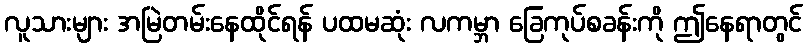
လူသားများ အမြဲတမ်းနေထိုင်ရန် ပထမဆုံး လကမ္ဘာ ခြေကုပ်စခန်းကို ဤနေရာတွင်